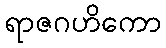
ရာဇဂဟိကော